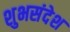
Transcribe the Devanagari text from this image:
शुभसंदेश